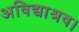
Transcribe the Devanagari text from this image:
अविद्याश्रव।